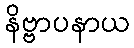
နိဗ္ဗာပနာယ